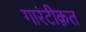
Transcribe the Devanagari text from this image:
गारंटीक़त